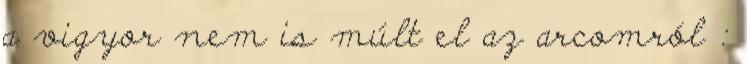
a vigyor nem is múlt el az arcomról :